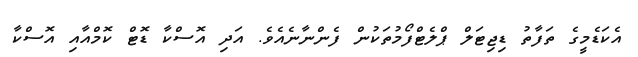
އެކަޑެމީގެ ތަފާތު ޑިޖިޓަލް ޕްލެޓްފޯމުތަކުން ފެންނާނެއެވެ. އަދި އޮސްކާ ޑޮޓް ކޮމްއާއި އޮސްކާ